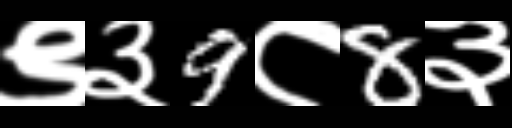
Text: ९३9८8३